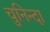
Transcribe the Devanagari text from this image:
चुनिन्‍दा